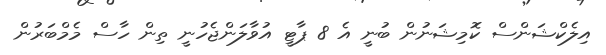
އިލެކްޝަންސް ކޮމިޝަނުން ބުނީ އެ 8 ޕާޓީ އުވާލަންޖެހުނީ ތިން ހާސް މެމްބަރުން